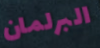
البرلمان